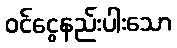
ဝင်ငွေနည်းပါးသော